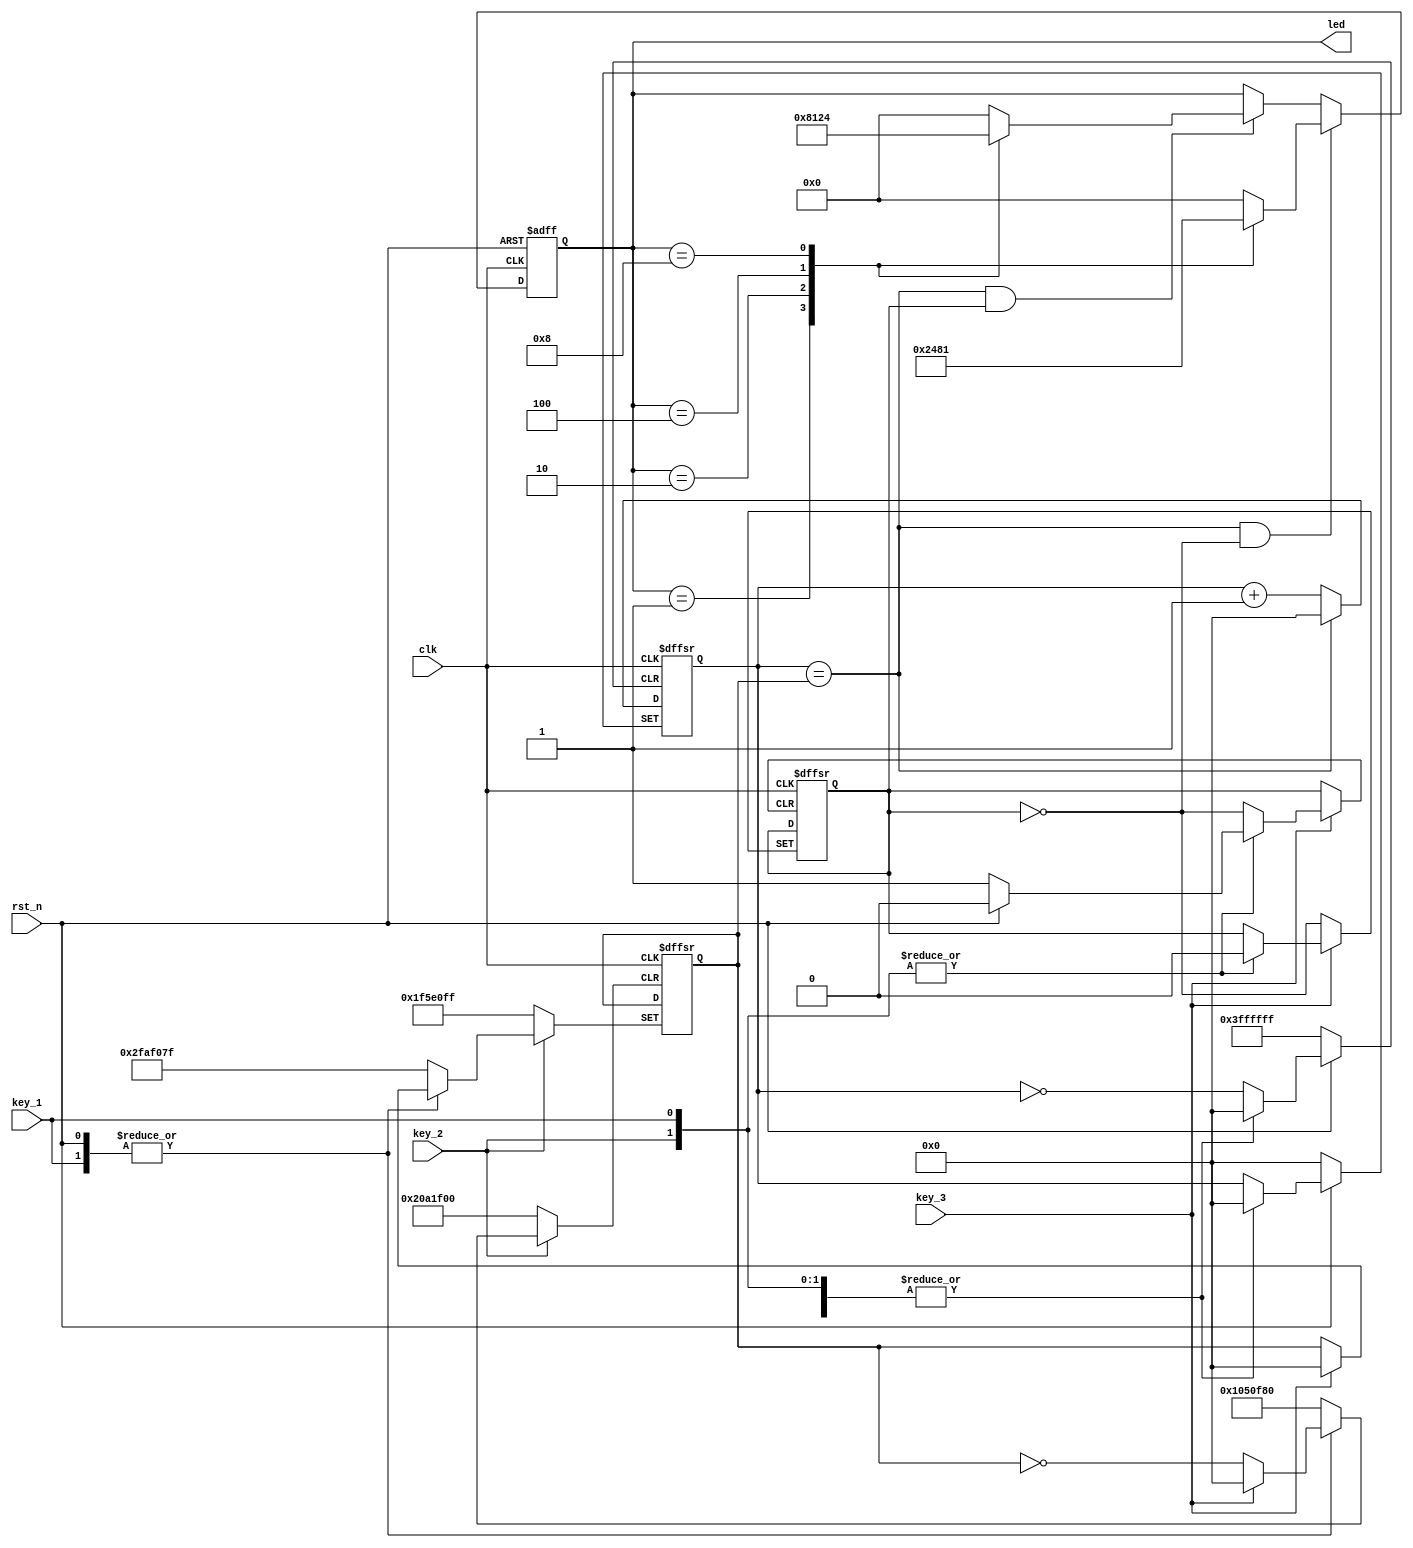
module led (input wire clk,input wire rst_n,input wire key_1,input wire key_2,input wire key_3,output reg[3:0] led);
reg[25:0] cnt_1s;
reg[25:0] end_cnt;
reg direction;


parameter END_CNT_1S = 49999999;
parameter END_CNT_2S = 99999999;

always @(posedge clk or negedge rst_n or negedge key_1 or negedge key_2 or negedge key_3) 
	if (!rst_n)
	begin
		cnt_1s <= 'd0;
		end_cnt <= END_CNT_1S;
		direction <= 'd0;
	end
	else if (!key_1)
		end_cnt <= END_CNT_1S;
	else if (!key_2)
		end_cnt <= END_CNT_2S;
	else if (!key_3)
		direction <= ~direction;
	else if (cnt_1s == end_cnt)
		cnt_1s <= 'd0;
	else 
		cnt_1s <= cnt_1s + 1'b1;
always @(posedge clk or negedge rst_n)
	if(!rst_n)
		led <= 4'b0001;
	else if (cnt_1s == end_cnt && direction == 1'b0)
		case(led)
		4'b0001 : led <= 4'b0010;
		4'b0010 : led <= 4'b0100;
		4'b0100 : led <= 4'b1000;
		4'b1000 : led <= 4'b0001;
		default : led <= 4'b0000;
		endcase
	else if (cnt_1s == end_cnt && direction == 1'b1)
		case(led)
		4'b0001 : led <= 4'b1000;
		4'b0010 : led <= 4'b0001;
		4'b0100 : led <= 4'b0010;
		4'b1000 : led <= 4'b0100;
		default : led <= 4'b0000;
		endcase
	else 
		led <= led;
endmodule